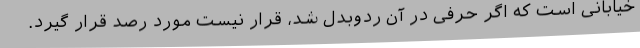
خیابانی است که اگر حرفی در آن ردوبدل شد، قرار نیست مورد رصد قرار گیرد.